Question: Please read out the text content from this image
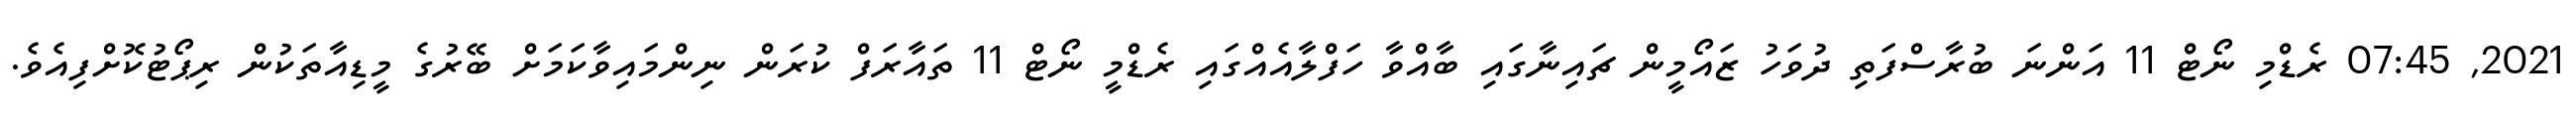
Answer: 2021, 07:45 ރެޑްމި ނޯޓް 11 އަންނަ ބުރާސްފަތި ދުވަހު ޒައޯމީން ޗައިނާގައި ބާއްވާ ހަފްލާއެއްގައި ރެޑްމީ ނޯޓް 11 ތައާރަފް ކުރަން ނިންމައިވާކަމަށް ބޭރުގެ މީޑިއާތަކުން ރިޕޯޓުކޮށްފިއެވެ.